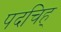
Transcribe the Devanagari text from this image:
पदचिह्